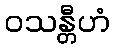
ဝသန္တီဟံ